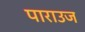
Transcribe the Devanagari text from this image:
पाराउज